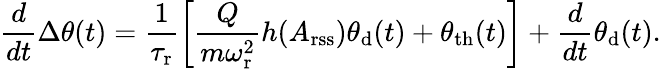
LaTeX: \frac{d}{dt}\Delta\theta(t)=\frac{1}{\tau_{\mathrm{r}}}\left[\frac{Q}{m\omega_{\mathrm{r}}^{2}}h(A_{\mathrm{rss}})\theta_{\mathrm{d}}(t)+\theta_{\mathrm{th}}(t)\right]+\frac{d}{dt}\theta_{\mathrm{d}}(t).